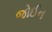
જોઈન